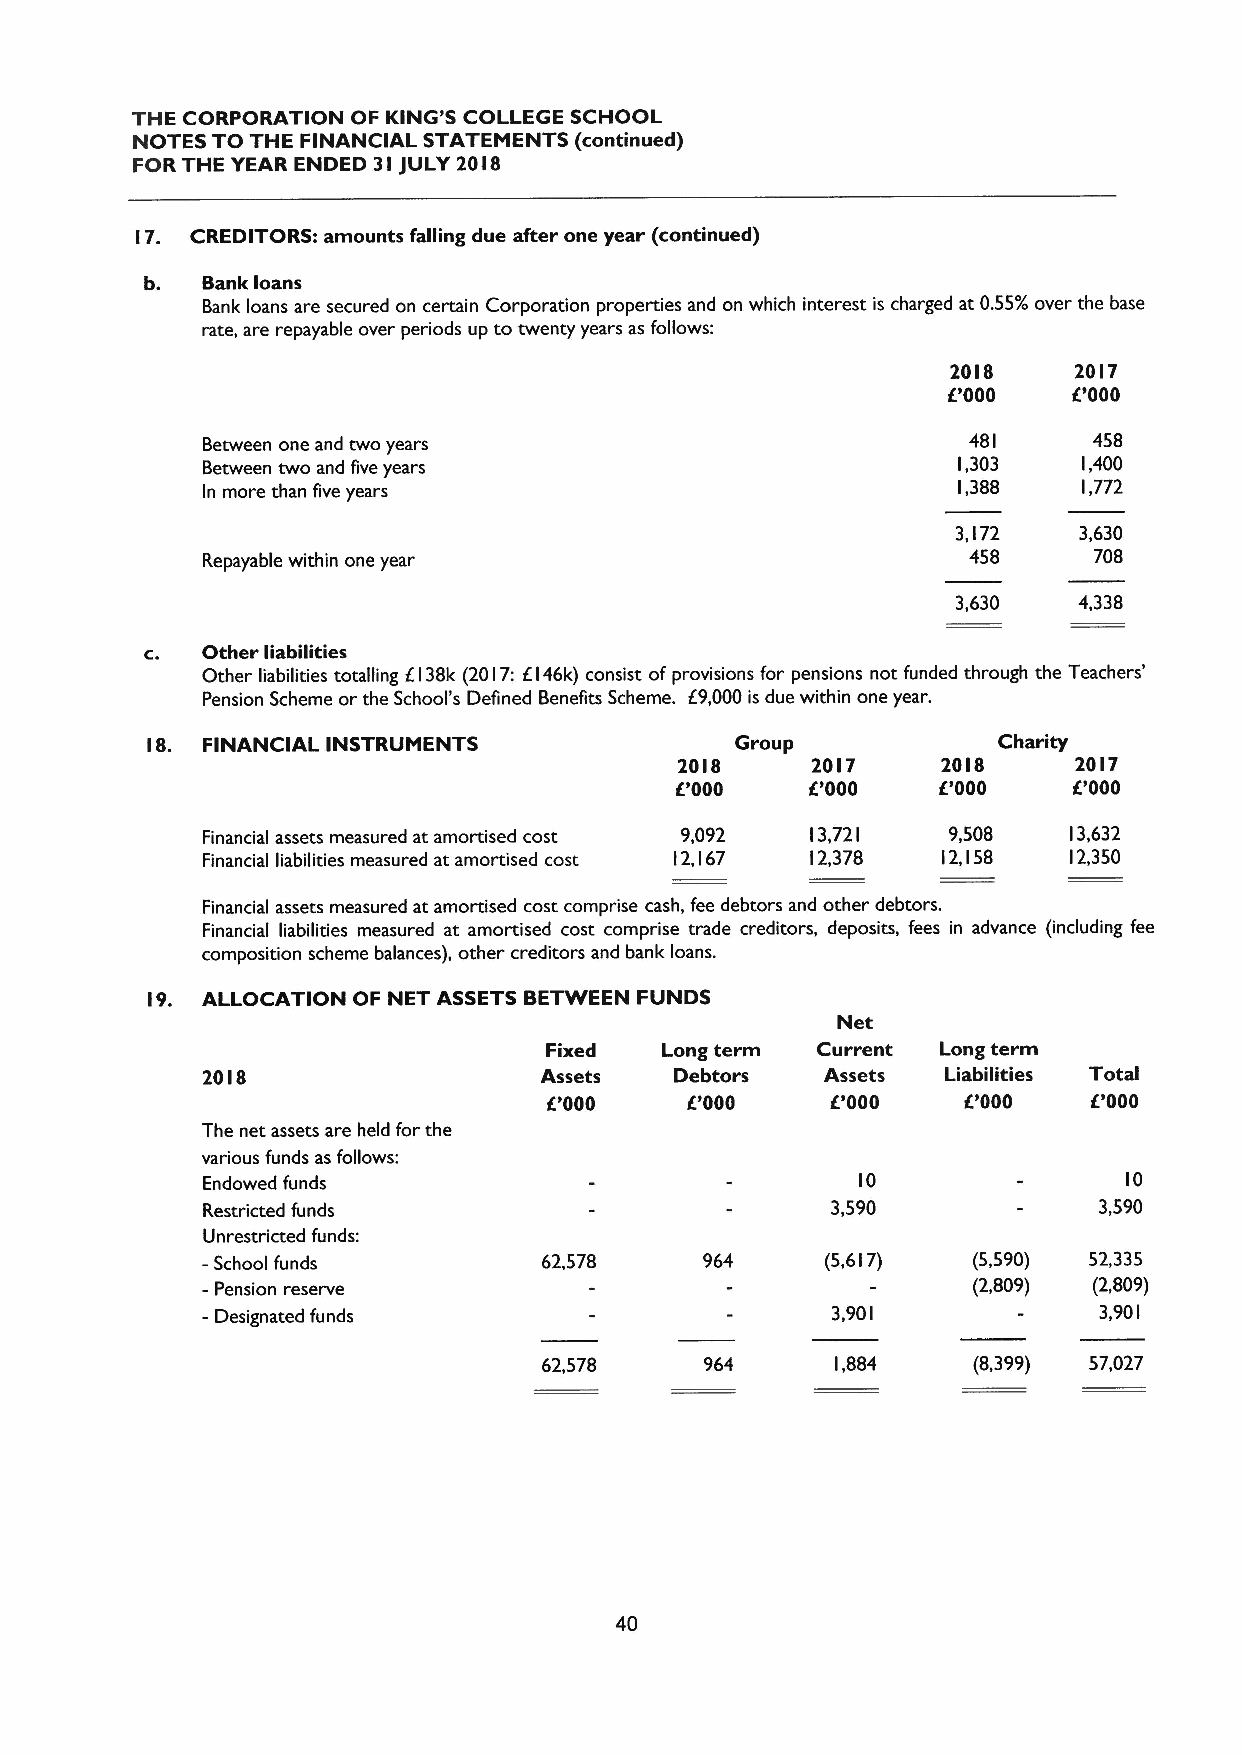
THE CORPORATION OF KING'S COLLEGE SCHOOL
 NOTES TO THE FINANCIAL STATEMENTS (continued)
 FOR THE YEAR ENDED 3I JULY 20I8
 I7. CREDITORS: amounts falling due after one year (continued)
 b. Bank loans
 Bank loans are secured on certain Corporation properties and on which interest is charged at 0.55/o over the base
 rate, are repayable over periods up to twenty years as follows:
 20I8    20I7
 6'000    000
 Between one and two years                          48I     458
 Between two and five years                        l,303    I,400
 In more than five years                           I,388    I,772
 3,I72   3,630
 Repayable within one year                          458     708
 3,630   4,338
 c. Other liabilities
 Other liabilities totalling KI38k (20 I7:6 I46k) consist of provisions for pensions not funded through the Teachers'
 Pension Scheme or the School's Defined Benefits Scheme. 69,000is due within one year.
 8. FINANCIAL INSTRUMENTS               Group            Charity
 I
 20I8     2017    20I8     20I7
 IE'000   IE'000  E'000     000
 Financial assets measured at amortised cost 9,092 13,72 I 9,508 I3,632
 Financial liabilities measured at amortised cost I2, I67 I2,378 I2,I58 I2,350
 Financial assets measured at amortised cost comprise cash, fee debtors and other debtors.
 Financial liabilities measured at amortised cost comprise trade creditors, deposits, fees in advance (including fee
 composition scheme balances), other creditors and bank loans.
 9. ALLOCATION OF NET ASSETS BETWEEN FUNDS
 I
 Net
 Fixed   Long term Current Long term
 20I8                   Assets   Debtors   Assets  Liabilities Total
 IE'000     000     e000     6'000    000
 The net assets are held for the
 various funds as follows:
 Endowed funds                               IO                IO
 Restricted funds                          3,590             3,590
 Unrestricted funds:
 -School funds          62,578     964     (5,6I7)  (5,590) 52,335
 -Pension reserve                                   (2,809) (2,809)
 - Designated funds                        3,90 I            3,90 I
 62,578     964     I,884    (8,399) 57,027
 40